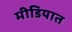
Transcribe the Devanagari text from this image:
मीडियात